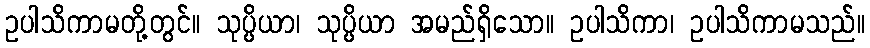
ဥပါသိကာမတို့တွင်။ သုပ္ပိယာ၊ သုပ္ပိယာ အမည်ရှိသော။ ဥပါသိကာ၊ ဥပါသိကာမသည်။